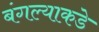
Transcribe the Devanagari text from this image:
बंगल्याकडे